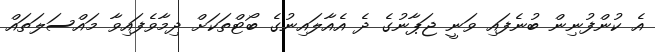
އެ ކުންފުނިން ބުނެފައި ވަނީ ޖަޕާނުގެ ދެ އެއާލައިނުގެ ބޯޓްތަކަށް ދިމާވެފައިވާ މައްސަލަތައް